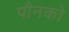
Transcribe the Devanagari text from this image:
पौनको